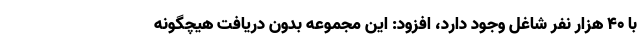
با 40 هزار نفر شاغل وجود دارد، افزود: این مجموعه بدون دریافت هیچگونه